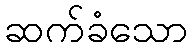
ဆက်ခံသော